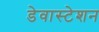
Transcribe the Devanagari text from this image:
डेवास्टेशन